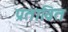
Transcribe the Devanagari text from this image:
प्रतावित